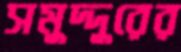
সমুদ্দুরের